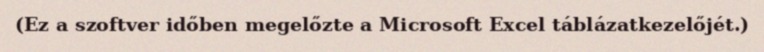
(Ez a szoftver időben megelőzte a Microsoft Excel táblázatkezelőjét.)